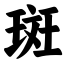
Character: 斑